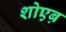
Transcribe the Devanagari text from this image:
शोएब़